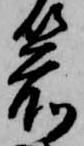
箭